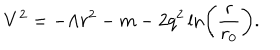
LaTeX: V ^ { 2 } = - \Lambda r ^ { 2 } - m - 2 q ^ { 2 } \ln \left( \frac { r } { r _ { 0 } } \right) .